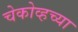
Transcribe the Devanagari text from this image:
चेकोव्हच्या